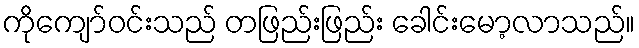
ကိုကျော်ဝင်းသည် တဖြည်းဖြည်း ခေါင်းမော့လာသည်။